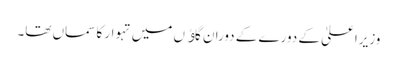
وزیراعلیٰ کے دورے کے دوران گاﺅں میں تہوار کا سماں تھا۔